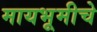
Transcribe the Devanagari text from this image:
मायभूमीचे